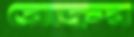
রোদ্রুর